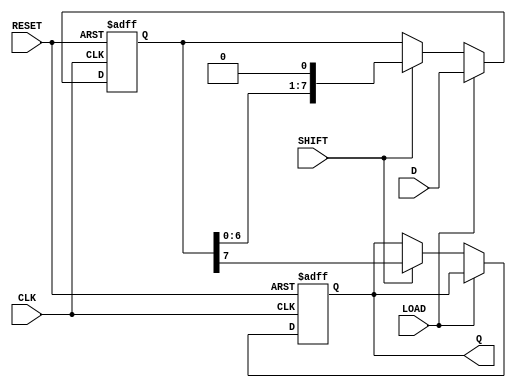
module PISO_Register #(parameter WIDTH = 8) (
    input wire [WIDTH-1:0] D,     // Parallel data inputs
    input wire LOAD,               // Load signal
    input wire SHIFT,              // Shift signal
    input wire CLK,                // Clock signal
    input wire RESET,              // Asynchronous reset
    output reg Q                  // Serial output
);

    // Internal register to hold the parallel data
    reg [WIDTH-1:0] register;

    // Asynchronous reset and loading data
    always @(posedge CLK or posedge RESET) begin
        if (RESET) begin
            register <= {WIDTH{1'b0}}; // Reset register to 0
            Q <= 1'b0;                 // Reset serial output
        end else if (LOAD) begin
            register <= D;             // Load data into register
        end else if (SHIFT) begin
            Q <= register[WIDTH-1];    // Output the MSB to Q
            register <= {register[WIDTH-2:0], 1'b0}; // Shift right
        end
    end

endmodule